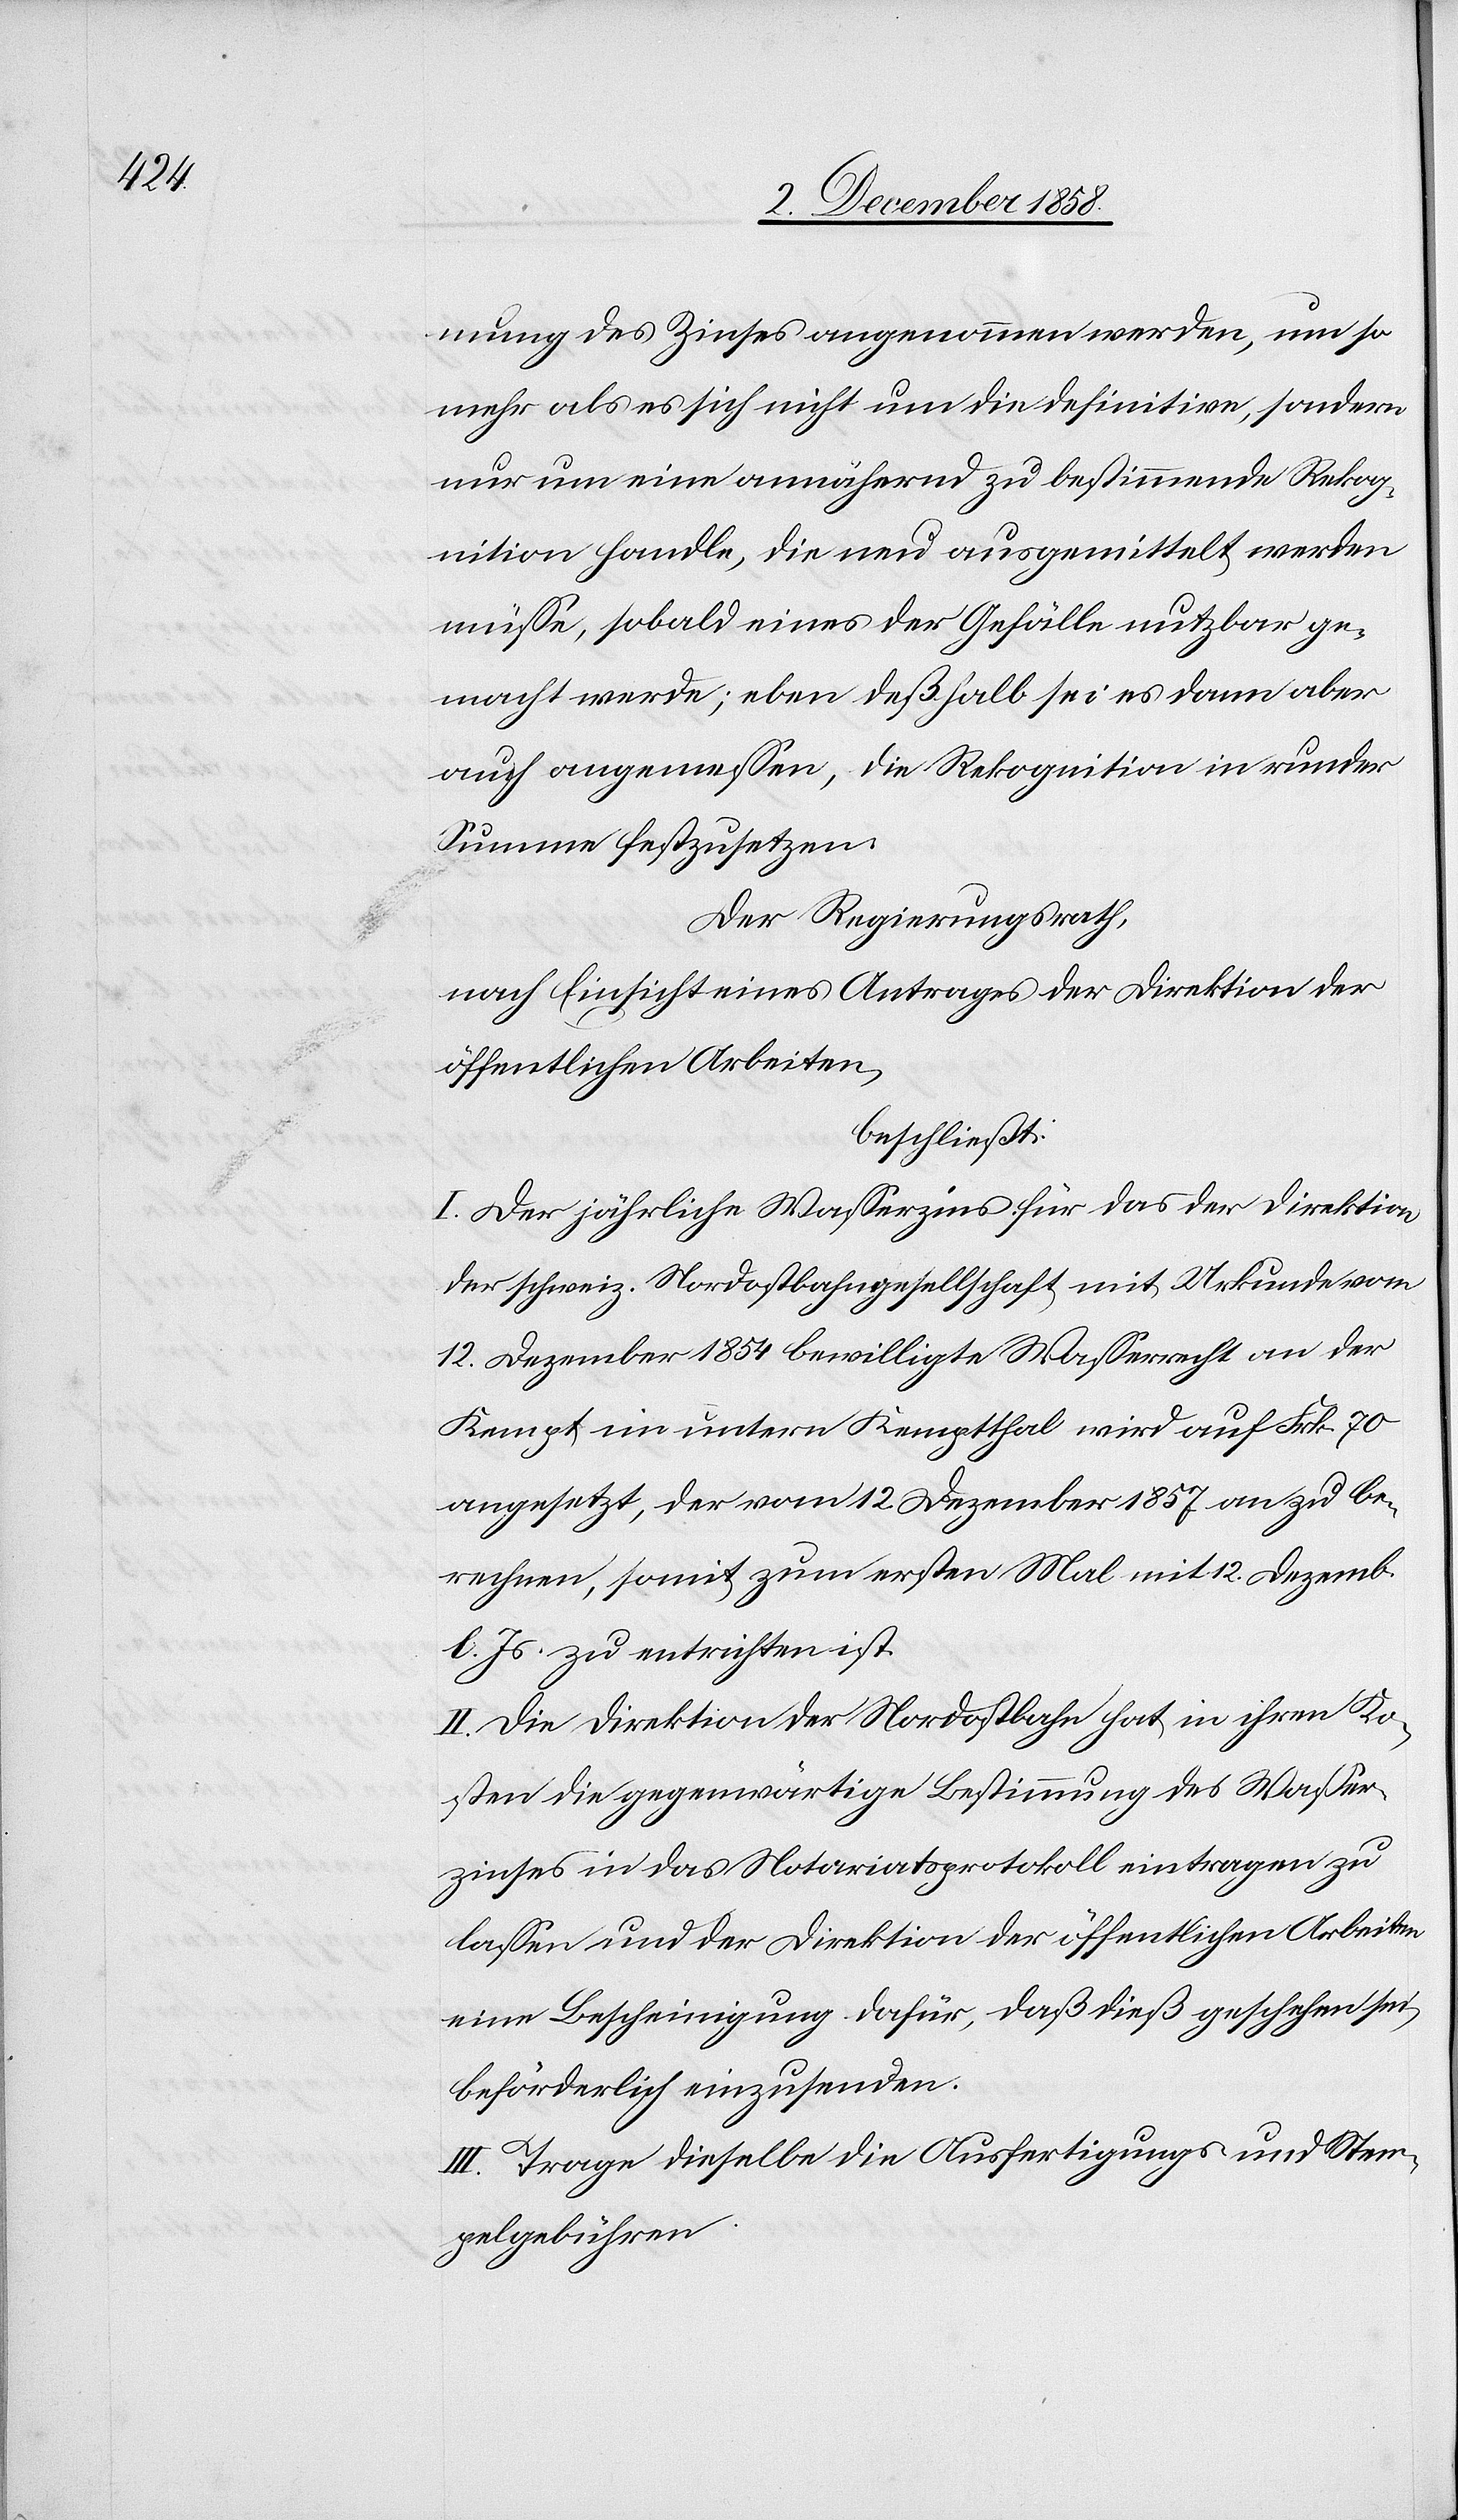
mung des Zinses angenommen werden, um so
mehr als es sich nicht um die definitive, sondern
nur um eine annähernd zu bestimmende Rekog¬
nition handle, die neu ausgemittelt werden
müsse, sobald eines der Gefälle nutzbar ge¬
macht werde; eben deßhalb sei es dann aber
auch angemessen, die Rekognition in runder
Summe festzusetzen.
Der Regierungsrath,
nach Einsicht eines Antrages der Direktion der
öffentlichen Arbeiten,
beschließt:
I. Der jährliche Wasserzins für das der Direktion
der schweiz. Nordostbahngesellschaft mit Urkunde vom
12. Dezember 1854 bewilligte Wasserrecht an der
Kempt im untern Kemptthal wird auf Frk. 70
angesetzt, der vom 12. Dezember 1857 an zu be¬
rechnen, somit zum ersten Mal mit 12. Dezemb.
l. Js. zu entrichten ist.
II. Die Direktion der Nordostbahn hat in ihren Ko¬
sten die gegenwärtige Bestimmung des Wasser¬
zinses in das Notariatsprotokoll eintragen zu
lassen und der Direktion der öffentlichen Arbeiten
eine Bescheinigung dafür, daß dieß geschehen sei,
beförderlich einzusenden.
III. Trage dieselbe die Ausfertigungs- und Stem¬
pelgebühren.